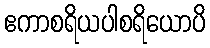
ဧကာစရိယပါစရိယောပိ